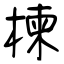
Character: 楝